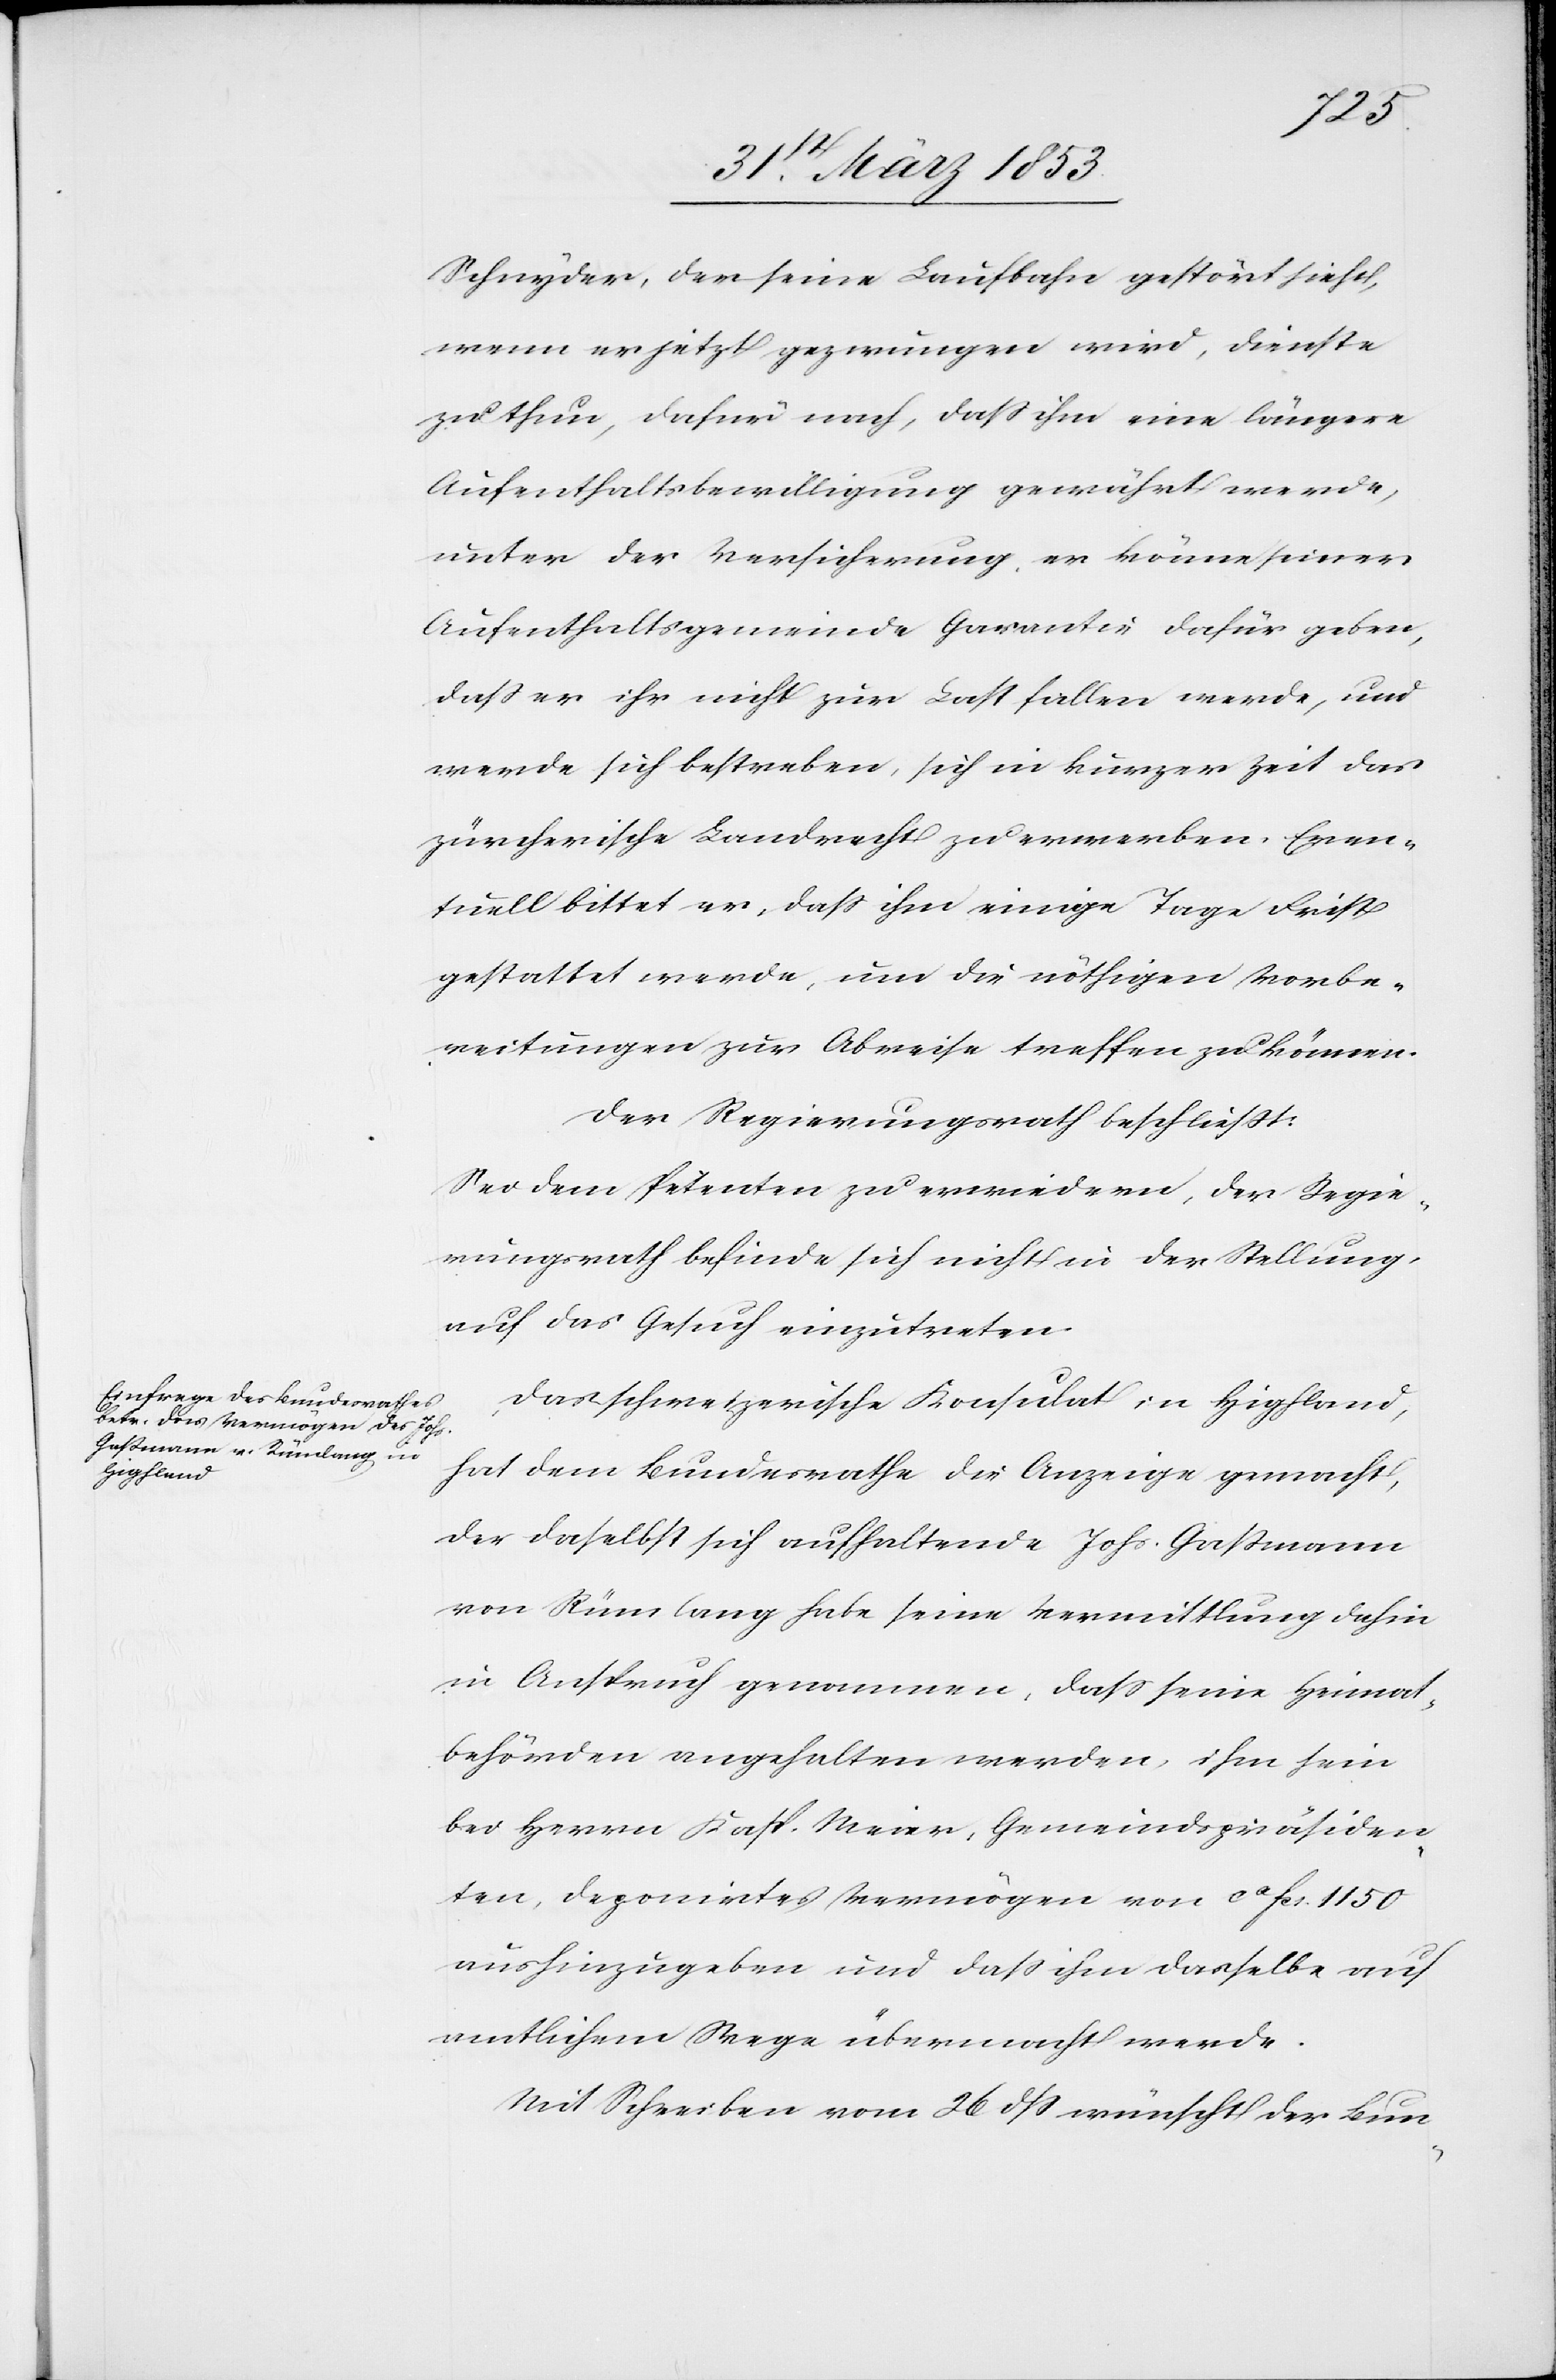
Schnyder, der seine Laufbahn gestört sieht,
wenn er jetzt gezwungen wird, Dienste
zu thun, dafür nach, daß ihm eine längere
Aufenthaltsbewilligung gewährt werde,
unter der Versicherung, er könne seiner
Aufenthaltsgemeinde Garantie dafür geben,
daß er ihr nicht zur Last fallen werde, und
werde sich bestreben, sich in kurzer Zeit das
zürcherische Landrecht zu erwerben. Even¬
tuell bittet er, daß ihm einige Tage Frist
gestattet werde, um die nöthigen Vorbe¬
reitungen zur Abreise treffen zu können.
Der Regierungsrath beschließt:
Sei dem Petenten zu erwiedern, der Regie¬
rungsrath befinde sich nicht in der Stellung
auf das Gesuch einzutreten.
Das schweizerische Konsulat in Hipfland,
hat dem Bundesrathe die Anzeige gemacht,
der daselbst sich aufhaltende Johs. Gastmann
von Rümlang habe seine Vermittlung dahin
in Anspruch genommen, daß seine Heimat¬
behörden angehalten werden, ihm sein
bei Herrn Kasp. Meier, Gemeindspräsiden¬
ten, deponirtes Vermögen von ca fcs. 1150
aushinzugeben und daß ihm dasselbe auf
amtlichem Wege übermacht werde.
Mit Schreiben vom 26 dß wünscht der Bun-